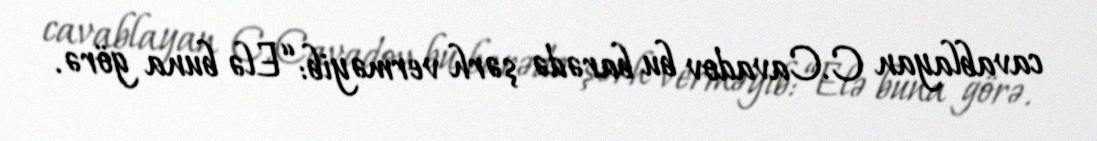
cavablayan C.Cavadov bu barədə şərh verməyib: “Elə buna görə.